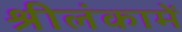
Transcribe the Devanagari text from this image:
श्रीलंकामें